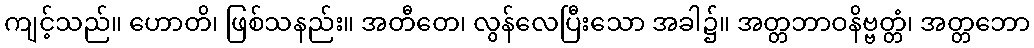
ကျင့်သည်။ ဟောတိ၊ ဖြစ်သနည်း။ အတီတေ၊ လွန်လေပြီးသော အခါ၌။ အတ္တဘာဝနိဗ္ဗတ္တံ၊ အတ္တဘော